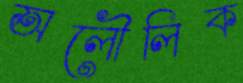
অলৌলিক